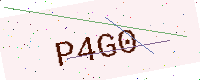
Text: P4G0